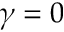
\gamma = 0